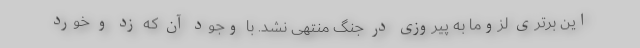
این برتری لزوما به پیروزی در جنگ منتهی نشد. با وجود آن که زد و خورد